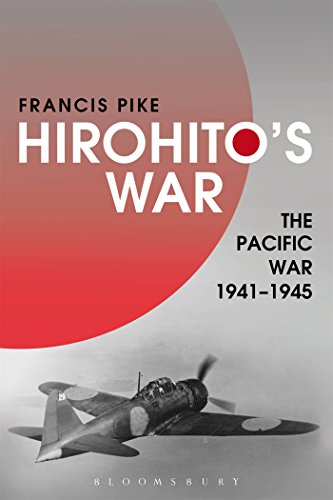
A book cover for Hirohito's War: The Pacific War, 1941-1945; Francis Pike; History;